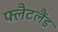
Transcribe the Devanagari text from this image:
फ्लैटलैंड